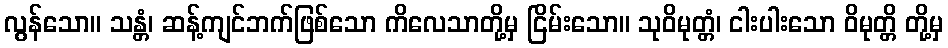
လွန်သော။ သန္တံ၊ ဆန့်ကျင်ဘက်ဖြစ်သော ကိလေသာတို့မှ ငြိမ်းသော။ သုဝိမုတ္တံ၊ ငါးပါးသော ဝိမုတ္တိ တို့မှ